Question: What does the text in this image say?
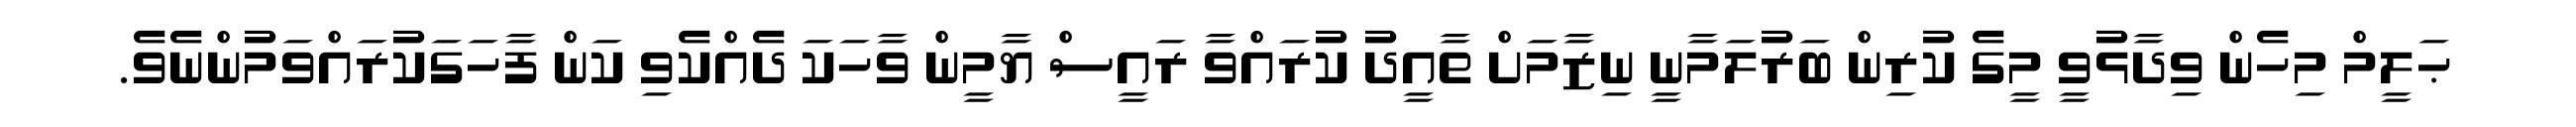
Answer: ޙަލީމް މިހެން ވިދާޅުވީ މީގެ ކުރިން ބަރުލަމާނީ ނިޒާމަށް ތާއީދު ކުރައްވާ ރައީސް ޔާމީން ވާހަކަ ދެއްކެވި ކަން ފާހަގަކުރައްވަމުންނެވެ.